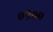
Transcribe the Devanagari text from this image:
०१००